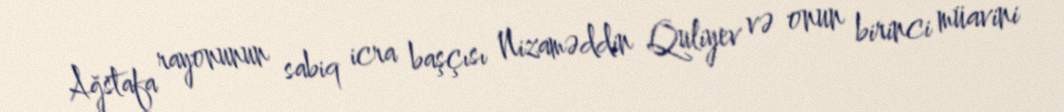
Ağstafa rayonunun sabiq icra başçısı Nizaməddin Quliyev və onun birinci müavini